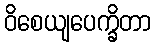
ဝိစေယျပေက္ခိတာ